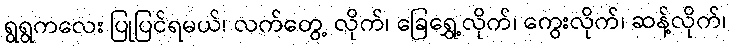
ရွရွကလေး ပြုပြင်ရမယ်၊ လက်တွေ့ လိုက်၊ ခြေရွှေ့လိုက်၊ ကွေးလိုက်၊ ဆန့်လိုက်၊